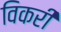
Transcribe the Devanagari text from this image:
विकरी